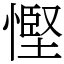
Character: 慳